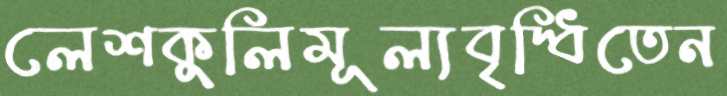
লেশকুলিমূল্যবৃদ্ধিতেন